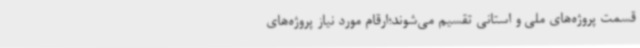
قسمت پروژه‌های ملی و استانی تقسیم می‌شوند؛ارقام مورد نیاز پروژه‌های